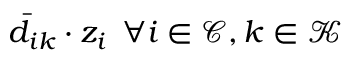
\bar { d } _ { i k } \cdot z _ { i } \: \: \forall i \in \mathcal { C } , k \in \mathcal { K }